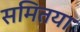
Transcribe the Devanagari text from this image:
समितया